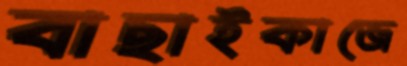
বাছাইকাজে